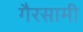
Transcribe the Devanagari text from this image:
गैरसामी